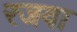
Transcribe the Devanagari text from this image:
रजवा